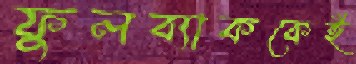
ফুলব্যাককেই